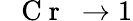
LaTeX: \mathrm{~\textit~{~C~r~}~}\to 1